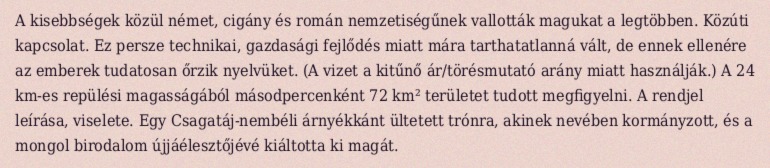
A kisebbségek közül német, cigány és román nemzetiségűnek vallották magukat a legtöbben. Közúti kapcsolat. Ez persze technikai, gazdasági fejlődés miatt mára tarthatatlanná vált, de ennek ellenére az emberek tudatosan őrzik nyelvüket. (A vizet a kitűnő ár/törésmutató arány miatt használják.) A 24 km-es repülési magasságából másodpercenként 72 km² területet tudott megfigyelni. A rendjel leírása, viselete. Egy Csagatáj-nembéli árnyékkánt ültetett trónra, akinek nevében kormányzott, és a mongol birodalom újjáélesztőjévé kiáltotta ki magát.